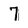
Character: 7